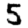
Digit: 5